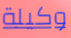
وكيلة